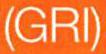
(GRI)